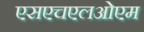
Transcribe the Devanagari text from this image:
एसएचएलओएम